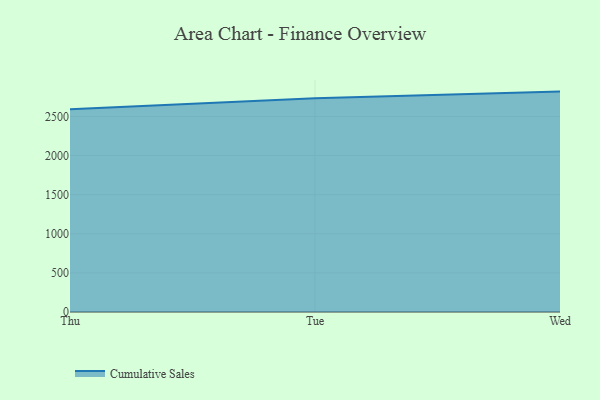
{"axis": {"x": "Day", "y": "Waste Production (Tons)"}, "legend": ["Cumulative Sales"], "data": [{"x": "Thu", "y": 2593.1, "type": "Cumulative Sales"}, {"x": "Tue", "y": 2733.1, "type": "Cumulative Sales"}, {"x": "Wed", "y": 2817.4, "type": "Cumulative Sales"}]}